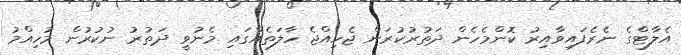
އެލާޓްގެ ނެރެފައިވާއިރު ކޮންމެހެން ދަތުރުކުރަން ޖެހިއްޖެ ހާލަތެއްގައި މެނުވީ ދަތުރު ނުކުރުން މުހިއްމު